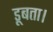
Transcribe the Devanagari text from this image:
डूबता।